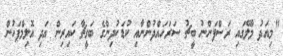
"މިއަދު މާލޭގައި ރަސްފަންނު ބީޗު ސަރަހައްދުންނާއި ކުޑަކުދިންގެ ބަގީޗާ ކައިރިން އަދި އޮލިމްޕަހުން